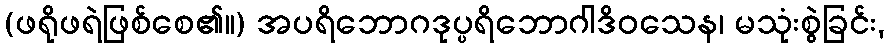
(ဖရိုဖရဲဖြစ်စေ၏။) အပရိဘောဂဒုပ္ပရိဘောဂါဒိဝသေန၊ မသုံးစွဲခြင်း,